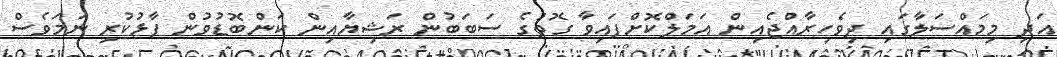
އަދި މިމައްސަލާގައި ދިވެހިރާއްޖެއިން އަމަލްކޮށްފައިވާ ގޮތުގެ ސަބަބުން ރަޝިޔާއިން ކަންބޮޑުވުން ފާޅުކުރި ނަމަވެސް